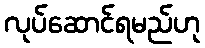
လုပ်ဆောင်ရမည်ဟု